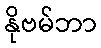
နိုဗမ်ဘာ